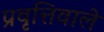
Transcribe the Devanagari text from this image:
प्रवृत्तिवाले